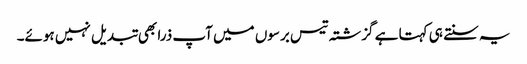
یہ سنتے ہی کہتا ہے گزشتہ تیس برسوں میں آپ ذرا بھی تبدیل نہیں ہوئے۔